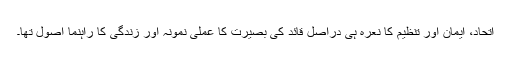
اتحاد، ایمان اور تنظیم کا نعرہ ہی دراصل قائد کی بصیرت کا عملی نمونہ اور زندگی کا راہنما اصول تھا۔